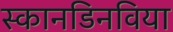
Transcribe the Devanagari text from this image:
स्कानडिनविया